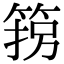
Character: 箉